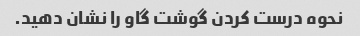
نحوه درست کردن گوشت گاو را نشان دهید.